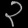
Digit: ၃